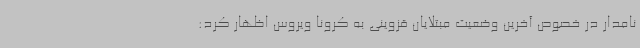
نامدار در خصوص آخرین وضعیت مبتلایان قزوینی به کرونا ویروس اظهار کرد: